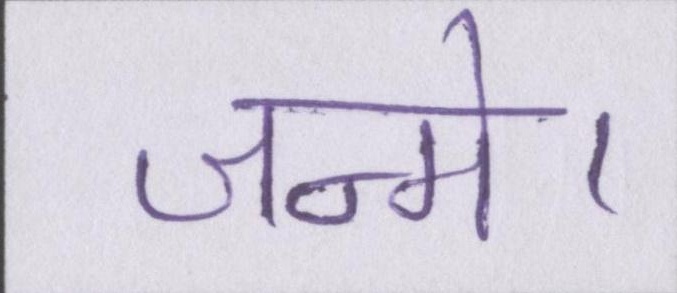
जन्मे।